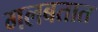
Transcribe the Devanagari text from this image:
गलबतात